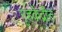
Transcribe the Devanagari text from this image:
गृहकेंद्रीत